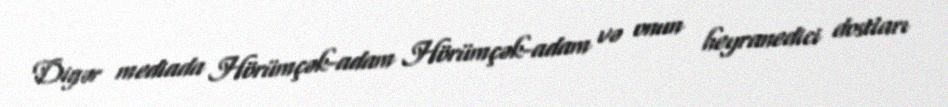
Digər mediada Hörümçək-adam Hörümçək-adam və onun heyranedici dostları